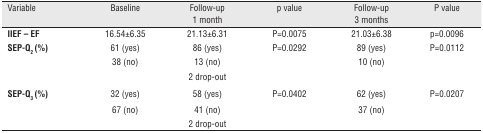
| Variable | Baseline | Follow-up 1 month | p value | Follow-up 3 months | P value |
 | --- | --- | --- | --- | --- | --- |
 | IIEf – EF | 16.54±6.35 | 21.13±6.31 | P=0.0075 | 21.03±6.38 | p=0.0096 |
 | SEP-Q2 (%) | 61 (yes) | 86 (yes) | P=0.0292 | 89 (yes) | P=0.0112 |
 |  | 38 (no) | 13 (no) |  | 10 (no) |  |
 |  |  | 2 drop-out |  |  |  |
 | SEP-Q3 (%) | 32 (yes) | 58 (yes) | P=0.0402 | 62 (yes) | P=0.0207 |
 |  | 67 (no) | 41 (no) |  | 37 (no) |  |
 |  |  | 2 drop-out |  |  |  |